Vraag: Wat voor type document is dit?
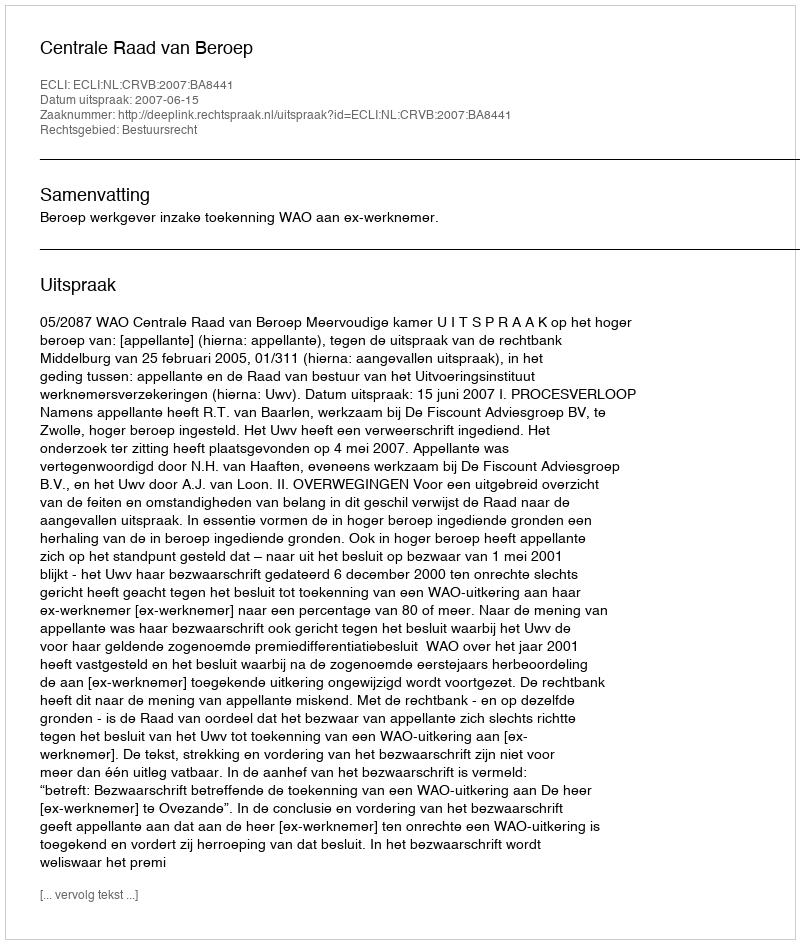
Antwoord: Uitspraak